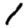
Digit: 1